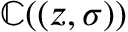
\mathbb { C } ( ( z , \sigma ) )